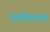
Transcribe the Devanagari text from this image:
फळीतल्या